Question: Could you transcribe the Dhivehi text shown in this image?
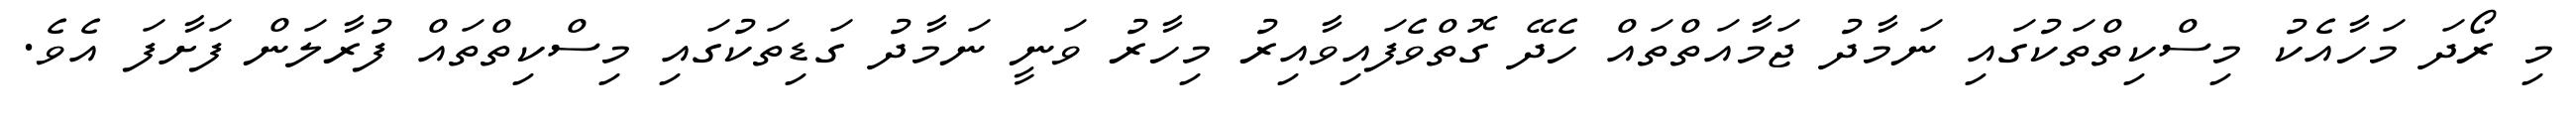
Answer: މި ރޯދަ މަހާއެކު މިސްކިތްތަކުގައި ނަމާދު ޖަމާއަތްތައް ހެދޭ ގޮތްވެފައިވާއިރު މިހާރު ވަނީ ނަމާދު ގަޑިތަކުގައި މިސްކިތްތައް ފުރާލަން ފަށާފަ އެވެ.